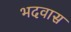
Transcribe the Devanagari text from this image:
भदवास